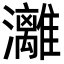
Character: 灕